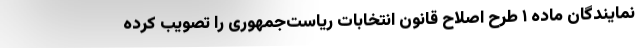
نمایندگان ماده ۱ طرح اصلاح قانون انتخابات ریاست‌جمهوری را تصویب کرده